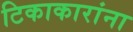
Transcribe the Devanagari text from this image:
टिकाकारांना